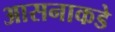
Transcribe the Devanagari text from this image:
आसनाकडे